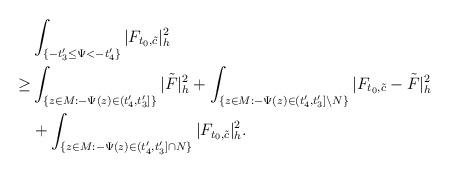
LaTeX: \begin{align*}&\int_{ \{-t'_3\le\Psi<-t'_4\}}|F_{t_0,\tilde{c}}|^2_h\\\ge & \int_{\{z\in M:-\Psi(z)\in (t'_4,t'_3]\}}|\tilde F|^2_h+\int_{\{z\in M:-\Psi(z)\in (t'_4,t'_3]\backslash N\}}|F_{t_0,\tilde{c}}-\tilde F|^2_h\\&+\int_{ \{z\in M: -\Psi(z)\in(t'_4,t'_3]\cap N\}}|F_{t_0,\tilde{c}}|^2_h.\end{align*}